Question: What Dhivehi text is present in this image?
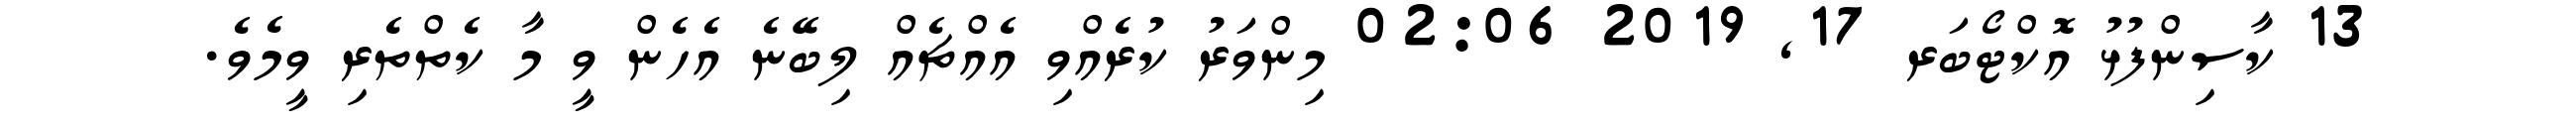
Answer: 13 ކާސިންފުޅު އޮކްޓޯބަރ 17, 2019 02:06 މިންވަރު ކުރެއްވި އެއްޗެއް ލިބޭނެ އެހެން ވީ މާ ކެތްތެރި ވީމެވެ.